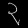
Digit: ၃